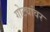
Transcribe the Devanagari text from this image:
गोट्यांवर